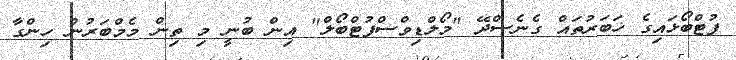
ފުޓްބޯޅައިގެ ޚަބަރުތައް ގެނެސްދޭ "މޯލްޑިވްސްފުޓްބޯލް" އިން ބުނީ މި ތިން މެމްބަރުން ހިންގާ